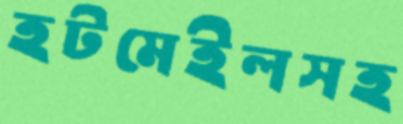
হটমেইলসহ